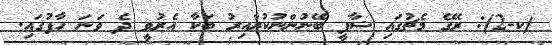
(ކ-2): ރޭގެ މެޗުގައި ޝާފީ ބޭނުންނުކުރާއިރު ބަކާ އެރުވީ ދެ ވަނަ ހާފުގައި.